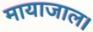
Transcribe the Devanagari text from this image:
मायाजाल।